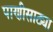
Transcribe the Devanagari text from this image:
पाणीसाठ्या